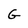
Character: G